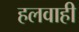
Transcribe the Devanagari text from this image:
हलवाही